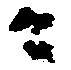
々